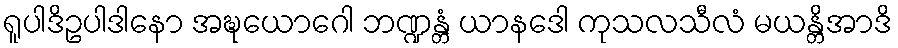
ရူပါဒိဥပါဒါနော အဍ္ဎယောဂေါ ဘဏ္ဍန္တံ ယာနဒေါ ကုသလသီလံ မယန္တိအာဒိ